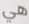
هي